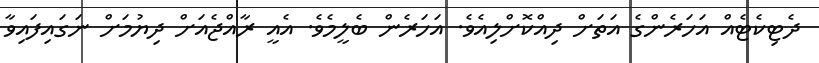
ދެޓިކެޓެއް އަހަރެންގެ އަތަށް ދިއްކޮށްލިއެވެ. އަހަރެން ބެލީމެވެ. އެއީ ރާއްޖެއަށް ދިޔުމަށް ނަގައިފައިވާ